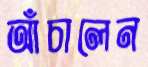
আঁচালেন